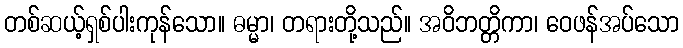
တစ်ဆယ့်ရှစ်ပါးကုန်သော။ ဓမ္မာ၊ တရားတို့သည်။ အဝိဘတ္တိကာ၊ ဝေဖန်အပ်သော